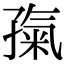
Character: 𡦎